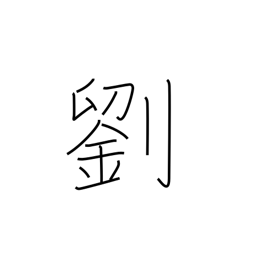
Meaning: faded